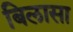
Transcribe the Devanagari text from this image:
बिलासा